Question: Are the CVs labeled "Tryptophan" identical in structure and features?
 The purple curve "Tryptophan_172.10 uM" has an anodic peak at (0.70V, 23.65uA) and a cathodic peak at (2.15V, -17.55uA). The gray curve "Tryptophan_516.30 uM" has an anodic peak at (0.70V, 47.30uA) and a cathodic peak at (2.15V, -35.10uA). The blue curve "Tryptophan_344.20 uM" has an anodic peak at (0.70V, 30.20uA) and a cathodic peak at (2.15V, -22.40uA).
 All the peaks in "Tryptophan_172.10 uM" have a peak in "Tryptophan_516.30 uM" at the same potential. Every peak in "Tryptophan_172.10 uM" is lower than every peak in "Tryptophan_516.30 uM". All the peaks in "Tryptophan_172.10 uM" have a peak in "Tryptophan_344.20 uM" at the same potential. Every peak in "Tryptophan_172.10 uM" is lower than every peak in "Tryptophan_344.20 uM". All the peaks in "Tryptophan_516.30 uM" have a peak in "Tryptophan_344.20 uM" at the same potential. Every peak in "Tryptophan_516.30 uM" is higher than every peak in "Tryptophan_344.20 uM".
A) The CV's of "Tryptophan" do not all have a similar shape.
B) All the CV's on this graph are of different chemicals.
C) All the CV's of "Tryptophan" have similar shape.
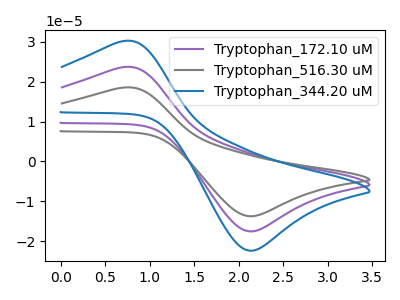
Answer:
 <answer>C) All the CV's of "Tryptophan" have similar shape.</answer>
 <eval>C</eval>